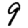
Digit: 9